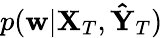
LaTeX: p(\mathbf{w}|\mathbf{X}_{T},\mathbf{\hat{Y}}_{T})